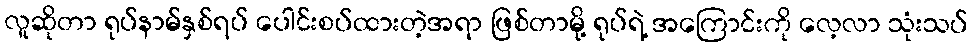
လူဆိုတာ ရုပ်နာမ်နှစ်ရပ် ပေါင်းစပ်ထားတဲ့အရာ ဖြစ်တာမို့ ရုပ်ရဲ့ အကြောင်းကို လေ့လာ သုံးသပ်